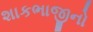
શાકભાજીનો